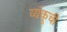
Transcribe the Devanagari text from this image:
व्यंकूची